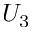
U _ { 3 }